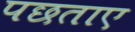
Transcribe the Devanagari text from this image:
पछताए